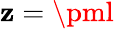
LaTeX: \mathbf{z}=\pml